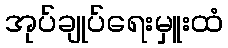
အုပ်ချုပ်ရေးမှူးထံ